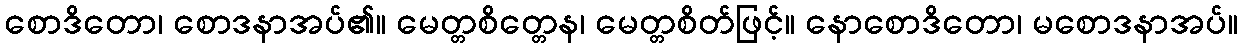
စောဒိတော၊ စောဒနာအပ်၏။ မေတ္တစိတ္တေန၊ မေတ္တစိတ်ဖြင့်။ နောစောဒိတော၊ မစောဒနာအပ်။